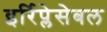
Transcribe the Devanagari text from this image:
इर्रिप्लेसेबल